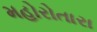
મહોરોતારા